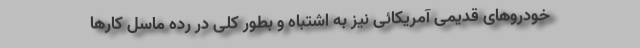
خودروهای قدیمی آمریکائی نیز به اشتباه و بطور کلی در رده ماسل کارها